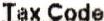
TAX CODE